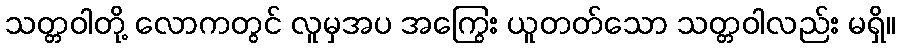
သတ္တဝါတို့ လောကတွင် လူမှအပ အကြွေး ယူတတ်သော သတ္တဝါလည်း မရှိ။